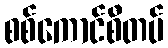
စစ်ကောင်စီတပ်